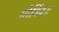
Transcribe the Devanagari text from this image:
गोविंद॥